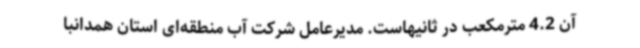
آن 4.2 مترمکعب در ثانیهاست. مدیرعامل شرکت آب منطقه‌ای استان همدانبا